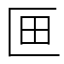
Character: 𭅗